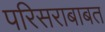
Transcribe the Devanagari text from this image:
परिसराबाबत